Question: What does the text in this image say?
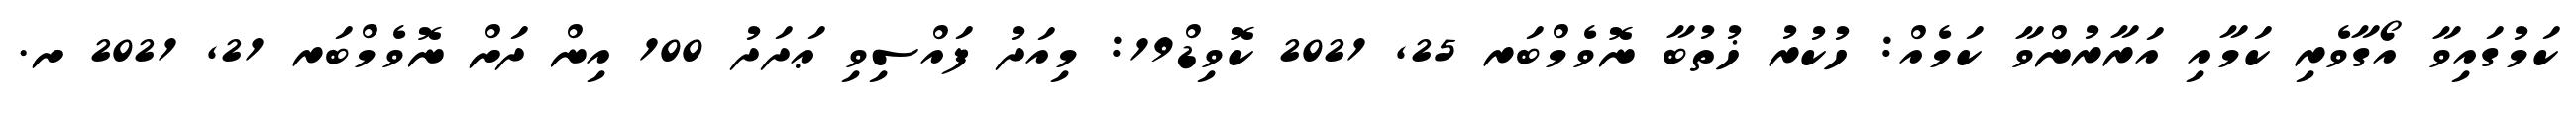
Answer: ކަމުގައިވާ އޯގާވެރި ކަމާއި އަރާރުންވާ ކަމެއް: ހުކުރު ޚުތުބާ ނޮވެމްބަރ 25, 2021 ކޮވިޑް19: މިއަދު ފައްސިވި ޢަދަދު 100 އިން ދަށް ނޮވެމްބަރ 21, 2021 ށ.